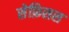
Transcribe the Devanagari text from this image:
सेफ़िसस